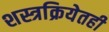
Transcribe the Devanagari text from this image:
शस्त्रक्रियेतही